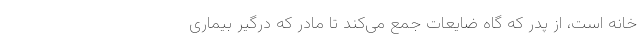
خانه است، از پدر که گاه ضایعات جمع می‌کند تا مادر که درگیر بیماری